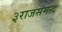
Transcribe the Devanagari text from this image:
३राजसमन्द